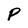
Character: p